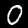
Label: 0